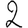
Digit: 2